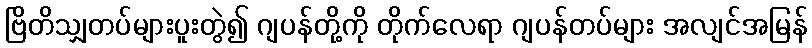
ဗြိတိသျှတပ်များပူးတွဲ၍ ဂျပန်တို့ကို တိုက်လေရာ ဂျပန်တပ်များ အလျင်အမြန်